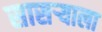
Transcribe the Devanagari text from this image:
सासर्‍याला